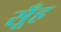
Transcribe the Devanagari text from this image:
सूँह